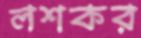
লশকর